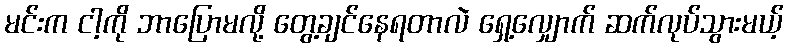
မင်းက ငါ့ကို ဘာပြောမလို့ တွေ့ချင်နေရတာလဲ ရှေ့လျှောက် ဆက်လုပ်သွားမယ့်